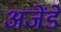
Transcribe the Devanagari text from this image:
अजेंडे